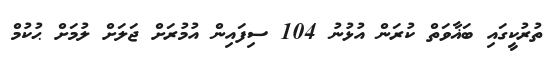
ތުރުކީގައި ބަޣާވަތް ކުރަން އުޅުނު 104 ސިފައިން އުމުރަށް ޖަލަށް ލުމަށް ޙުކުމް